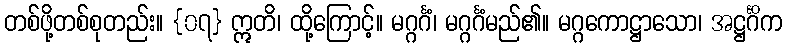
တစ်ဖို့တစ်စုတည်း။ {၀၇} ဣတိ၊ ထို့ကြောင့်။ မဂ္ဂင်္ဂံ၊ မဂ္ဂင်္ဂံမည်၏။ မဂ္ဂကောဋ္ဌာသော၊ အဋ္ဌင်္ဂိက